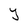
Character: Y